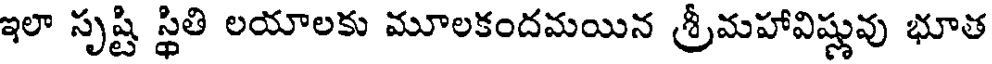
ఇలా సృష్టి స్థితి లయాలకు మూలకందమయిన శ్రీమహావిష్ణువు భూత